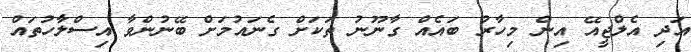
އަދި އެލްޖީއޭ އިން މިހާރު ބައެއް ގާނޫނު ތަކަށް ގެނައުމަށް ބޭނުންވާ އިސްލާހުތައް